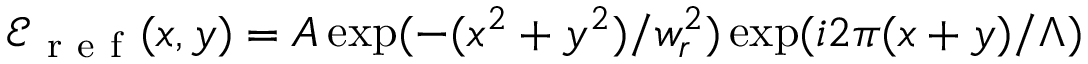
\mathcal { E } _ { \mathrm { ~ r ~ e ~ f ~ } } ( x , y ) = A \exp ( - ( x ^ { 2 } + y ^ { 2 } ) / w _ { r } ^ { 2 } ) \exp ( i 2 \pi ( x + y ) / \Lambda )